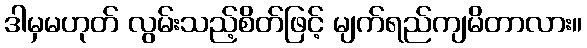
ဒါမှမဟုတ် လွမ်းသည့်စိတ်ဖြင့် မျက်ရည်ကျမိတာလား။